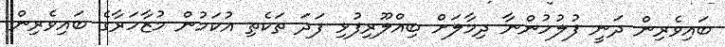
ބައިވެރިން ދަނީ ފުލުހުންނާ ދިމާލަށް ބިއްލޫރިފުޅި ފަދަ ތަކެތި އުކަމުން މުޒާހަރާގެ ބައިވެރިން